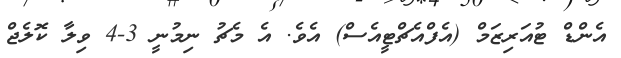
އެންޑް ޓުއަރިޒަމް (އެފްއެޗްޓީއެސް) އެވެ. އެ މެޗު ނިމުނީ 3-4 ވިލާ ކޮލެޖް